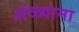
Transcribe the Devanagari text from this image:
अंळ्याना